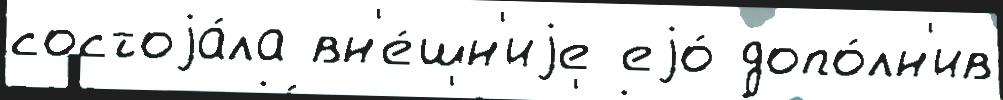
состоjа́ла вн'е́шн'иjе еjо́ допо́лн'ив